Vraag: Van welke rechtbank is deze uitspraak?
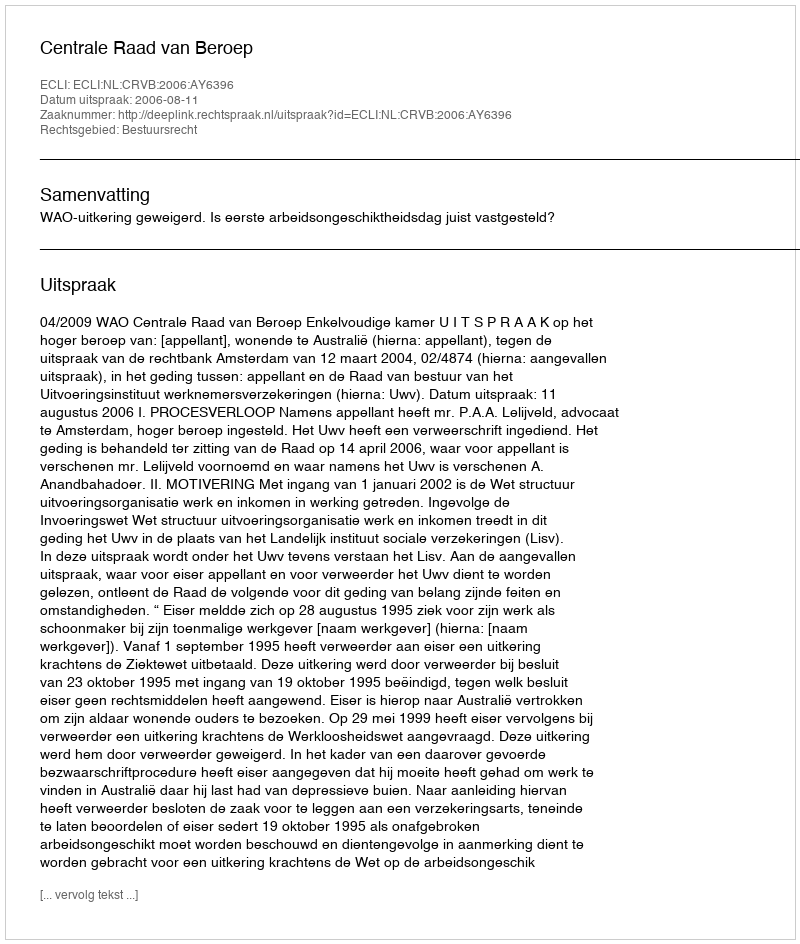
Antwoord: Centrale Raad van Beroep